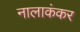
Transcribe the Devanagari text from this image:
नालाकंकर